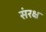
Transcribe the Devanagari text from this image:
संरक्ष